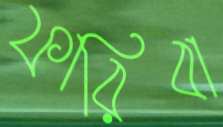
ফারিবা